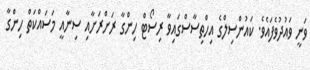
ވަނީ ވައުދުވެފައެވެ. ކައުންސިލްގެ އިހްތިސާސްގައިވާ ރިސޯޓް ހިންގާ ރަށްރަށާއި ސިނާއީ މަސައްކަތް ހިންގާ